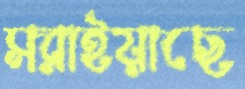
সরাইয়াছে